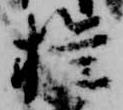
権